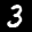
Label: 3